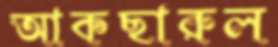
আকছারুল